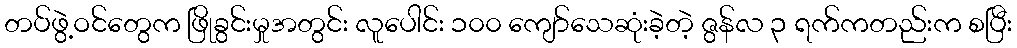
တပ်ဖွဲ့ဝင်တွေက ဖြိုခွင်းမှုအတွင်း လူပေါင်း ၁၀၀ ကျော်သေဆုံးခဲ့တဲ့ ဇွန်လ ၃ ရက်ကတည်းက စပြီး